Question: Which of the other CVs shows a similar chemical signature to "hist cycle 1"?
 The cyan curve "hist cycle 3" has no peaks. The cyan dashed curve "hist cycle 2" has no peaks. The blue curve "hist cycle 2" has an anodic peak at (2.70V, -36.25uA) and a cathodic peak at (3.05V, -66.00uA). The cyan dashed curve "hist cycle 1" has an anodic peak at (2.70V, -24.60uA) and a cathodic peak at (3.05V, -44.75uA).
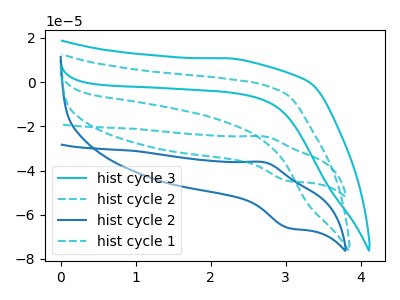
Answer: <think>Neither "hist cycle 3" or "hist cycle 2" have any peaks. "hist cycle 3" and "hist cycle 2" have a different number of peaks. "hist cycle 3" and "hist cycle 1" have a different number of peaks. "hist cycle 2" and "hist cycle 2" have a different number of peaks. "hist cycle 2" and "hist cycle 1" have a different number of peaks. All the peaks in "hist cycle 2" have a peak in "hist cycle 1" at the same potential.
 </think>
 <answer>The CV with the most similar shape to "hist cycle 2" is "hist cycle 1".</answer>
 <eval>"hist cycle 1"</eval>